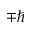
\mp \hbar